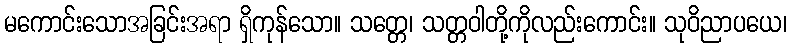
မကောင်းသောအခြင်းအရာ ရှိကုန်သော။ သတ္တေ၊ သတ္တဝါတို့ကိုလည်းကောင်း။ သုဝိညာပယေ၊